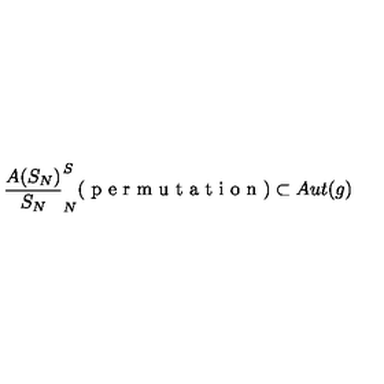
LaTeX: \frac { A ( S _ { N } ) } { S _ { N } } \sp S _ { N } ( \textup { p e r m u t a t i o n } ) \subset A u t ( g )